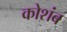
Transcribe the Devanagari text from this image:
कोशंब